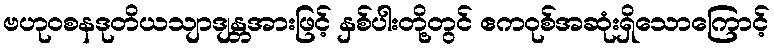
ဗဟုဝစနဒုတိယသျာဒျန္တအားဖြင့် နှစ်ပါးတို့တွင် ဧကဝုစ်အဆုံးရှိသောကြောင့်